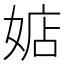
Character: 𪦃